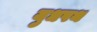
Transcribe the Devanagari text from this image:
युधपथ